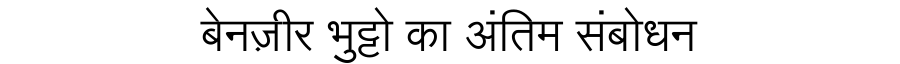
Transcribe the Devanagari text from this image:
बेनज़ीर भुट्टो का अंतिम संबोधन